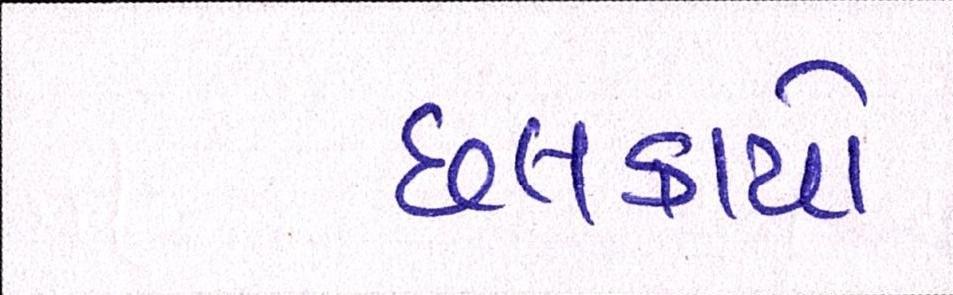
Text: છલકાયો